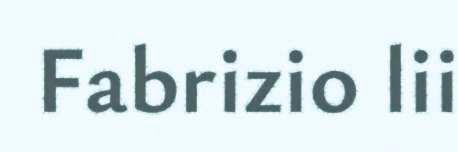
Fabrizio lii